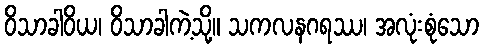
ဝိသာခါဝိယ၊ ဝိသာခါကဲ့သို့။ သကလနဂရဿ၊ အလုံးစုံသော